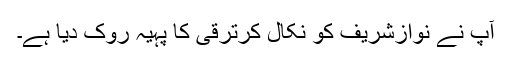
آپ نے نوازشریف کو نکال کرترقی کا پہیہ روک دیا ہے۔